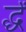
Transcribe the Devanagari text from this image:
र्द्धं